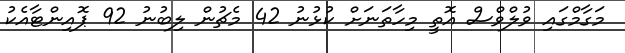
މަގާމްގައި ވުލްވްސް އޮތީ މިހާތަނަށް ކުޅުނު 42 މެޗުން ލިބުނު 92 ޕޮއިންޓާއެކު